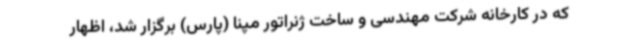
که در کارخانه شرکت مهندسی و ساخت ژنراتور مپنا (پارس) برگزار شد، اظهار